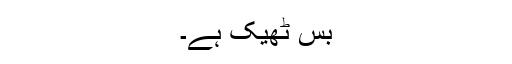
بس ٹھیک ہے۔